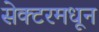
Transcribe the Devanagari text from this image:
सेक्टरमधून